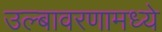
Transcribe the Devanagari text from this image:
उल्बावरणामध्ये